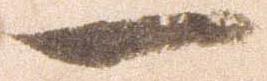
一